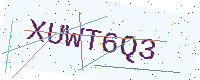
Text: XUWT6Q3